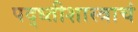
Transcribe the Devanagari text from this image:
पद्ध्तीशास्त्राचं